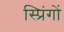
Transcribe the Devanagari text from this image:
स्प्रिंगों